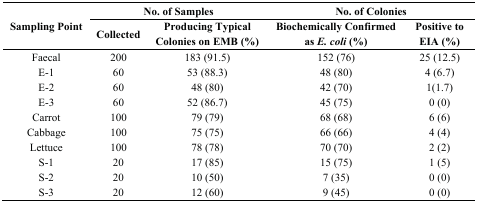
<table><thead><tr><td rowspan="2"><b>Sampling Point</b></td><td colspan="2"><b>No. of Samples</b></td><td colspan="2"><b>No. of Colonies</b></td></tr><tr><td><b>Collected</b></td><td><b>Producing Typical Colonies on EMB (%)</b></td><td><b>Biochemically Confirmed as <i>E. coli</i> (%)</b></td><td><b>Positive to EIA (%)</b></td></tr></thead><tbody><tr><td>Faecal</td><td>200</td><td>183 (91.5)</td><td>152 (76)</td><td>25 (12.5)</td></tr><tr><td>E-1</td><td>60</td><td>53 (88.3)</td><td>48 (80)</td><td>4 (6.7)</td></tr><tr><td>E-2</td><td>60</td><td>48 (80)</td><td>42 (70)</td><td>1(1.7)</td></tr><tr><td>E-3</td><td>60</td><td>52 (86.7)</td><td>45 (75)</td><td>0 (0)</td></tr><tr><td>Carrot</td><td>100</td><td>79 (79)</td><td>68 (68)</td><td>6 (6)</td></tr><tr><td>Cabbage</td><td>100</td><td>75 (75)</td><td>66 (66)</td><td>4 (4)</td></tr><tr><td>Lettuce</td><td>100</td><td>78 (78)</td><td>70 (70)</td><td>2 (2)</td></tr><tr><td>S-1</td><td>20</td><td>17 (85)</td><td>15 (75)</td><td>1 (5)</td></tr><tr><td>S-2</td><td>20</td><td>10 (50)</td><td>7 (35)</td><td>0 (0)</td></tr><tr><td>S-3</td><td>20</td><td>12 (60)</td><td>9 (45)</td><td>0 (0)</td></tr></tbody></table>